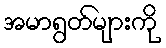
အမာရွတ်များကို